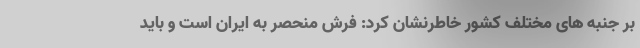
بر جنبه های مختلف کشور خاطرنشان کرد: فرش منحصر به ایران است و باید